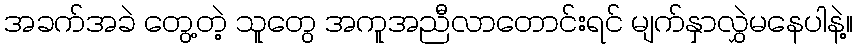
အခက်အခဲ တွေ့တဲ့ သူတွေ အကူအညီလာတောင်းရင် မျက်နှာလွှဲမနေပါနဲ့။